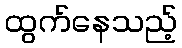
ထွက်နေသည့်